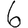
Digit: 6